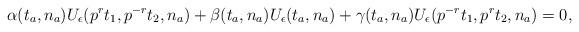
LaTeX: \begin{align*}\alpha(t_a,n_a)U_\epsilon(p^rt_1,p^{-r}t_2,n_a)+\beta(t_a,n_a)U_\epsilon(t_a,n_a)+\gamma(t_a,n_a)U_\epsilon(p^{-r}t_1,p^{r}t_2,n_a)=0,\end{align*}